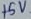
Text: +5V